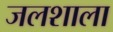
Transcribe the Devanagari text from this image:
जलशाला